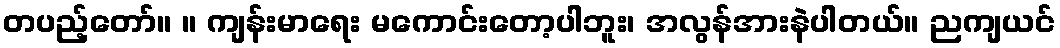
တပည့်တော်။ ။ ကျန်းမာရေး မကောင်းတော့ပါဘူး၊ အလွန်အားနဲပါတယ်။ ညကျယင်